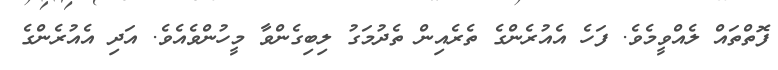
ފޮތްތައް ލެއްވީމެވެ. ފަހެ އެއުރެންގެ ތެރެއިން ތެދުމަގު ލިބިގެންވާ މީހުންވެއެވެ. އަދި އެއުރެންގެ